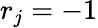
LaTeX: r_{j}=-1